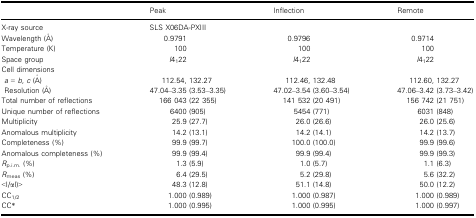
<table><thead><tr><td></td><td><b>Peak</b></td><td><b>Inflection</b></td><td><b>Remote</b></td></tr></thead><tbody><tr><td>X‐ray source</td><td colspan="3">SLS X06DA‐PXIII</td></tr><tr><td>Wavelength (Å)</td><td>0.9791</td><td>0.9796</td><td>0.9714</td></tr><tr><td>Temperature (K)</td><td>100</td><td>100</td><td>100</td></tr><tr><td>Space group</td><td><i>I</i>4<sub>1</sub>22</td><td><i>I</i>4<sub>1</sub>22</td><td><i>I</i>4<sub>1</sub>22</td></tr><tr><td colspan="4">Cell dimensions</td></tr><tr><td><i>a</i> = <i>b</i>,<i> c</i> (Å)</td><td>112.54, 132.27</td><td>112.46, 132.48</td><td>112.60, 132.27</td></tr><tr><td>Resolution (Å)</td><td>47.04–3.35 (3.53–3.35)</td><td>47.02–3.54 (3.60–3.54)</td><td>47.06–3.42 (3.73–3.42)</td></tr><tr><td>Total number of reflections</td><td>166 043 (22 355)</td><td>141 532 (20 491)</td><td>156 742 (21 751)</td></tr><tr><td>Unique number of reflections</td><td>6400 (905)</td><td>5454 (771)</td><td>6031 (848)</td></tr><tr><td>Multiplicity</td><td>25.9 (27.7)</td><td>26.0 (26.6)</td><td>26.0 (25.6)</td></tr><tr><td>Anomalous multiplicity</td><td>14.2 (13.1)</td><td>14.2 (14.1)</td><td>14.2 (13.7)</td></tr><tr><td>Completeness (%)</td><td>99.9 (99.7)</td><td>100.0 (100.0)</td><td>99.9 (99.6)</td></tr><tr><td>Anomalous completeness (%)</td><td>99.9 (99.4)</td><td>99.9 (99.4)</td><td>99.9 (99.3)</td></tr><tr><td><i>R</i><sub>p.i.m.</sub> (%)</td><td>1.3 (5.9)</td><td>1.0 (5.7)</td><td>1.1 (6.3)</td></tr><tr><td><i>R</i><sub>meas</sub> (%)</td><td>6.4 (29.5)</td><td>5.2 (29.8)</td><td>5.6 (32.2)</td></tr><tr><td>&lt;I/αI)&gt;</td><td>48.3 (12.8)</td><td>51.1 (14.8)</td><td>50.0 (12.2)</td></tr><tr><td>CC<sub>1/2</sub></td><td>1.000 (0.989)</td><td>1.000 (0.987)</td><td>1.000 (0.989)</td></tr><tr><td>CC*</td><td>1.000 (0.995)</td><td>1.000 (0.995)</td><td>1.000 (0.997)</td></tr></tbody></table>